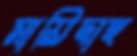
মায়িদাহ